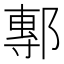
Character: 鄟